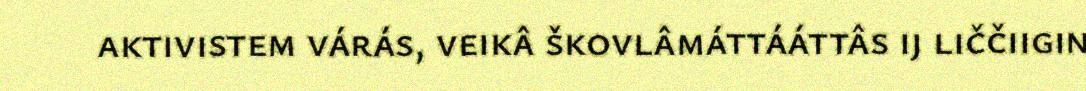
aktivistem várás, veikâ škovlâmáttááttâs ij liččiigin